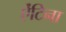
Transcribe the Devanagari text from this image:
ऐंटिना